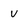
Character: V